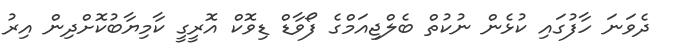
ދެވަނަ ހާފުގައި ކުޅެން ނުކުތް ބެލްޖިއަމްގެ ފޯވާޑް ޑިވޮކް އޮރީގީ ކާމިޔާބުކޮށްދިން އިރު